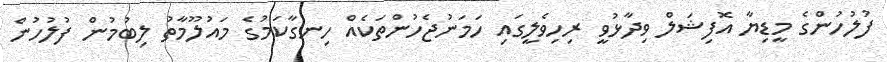
ފުލުހުންގެ މީޑިޔާ އޮފިޝަލް ވިދާޅުވީ ރިހިވެލީގައި ހަމަނުޖެހުންތަކެއް ހިނގާކަމުގެ މައުލޫމާތު ލިބުމުން ފުލުހުން